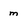
Character: m